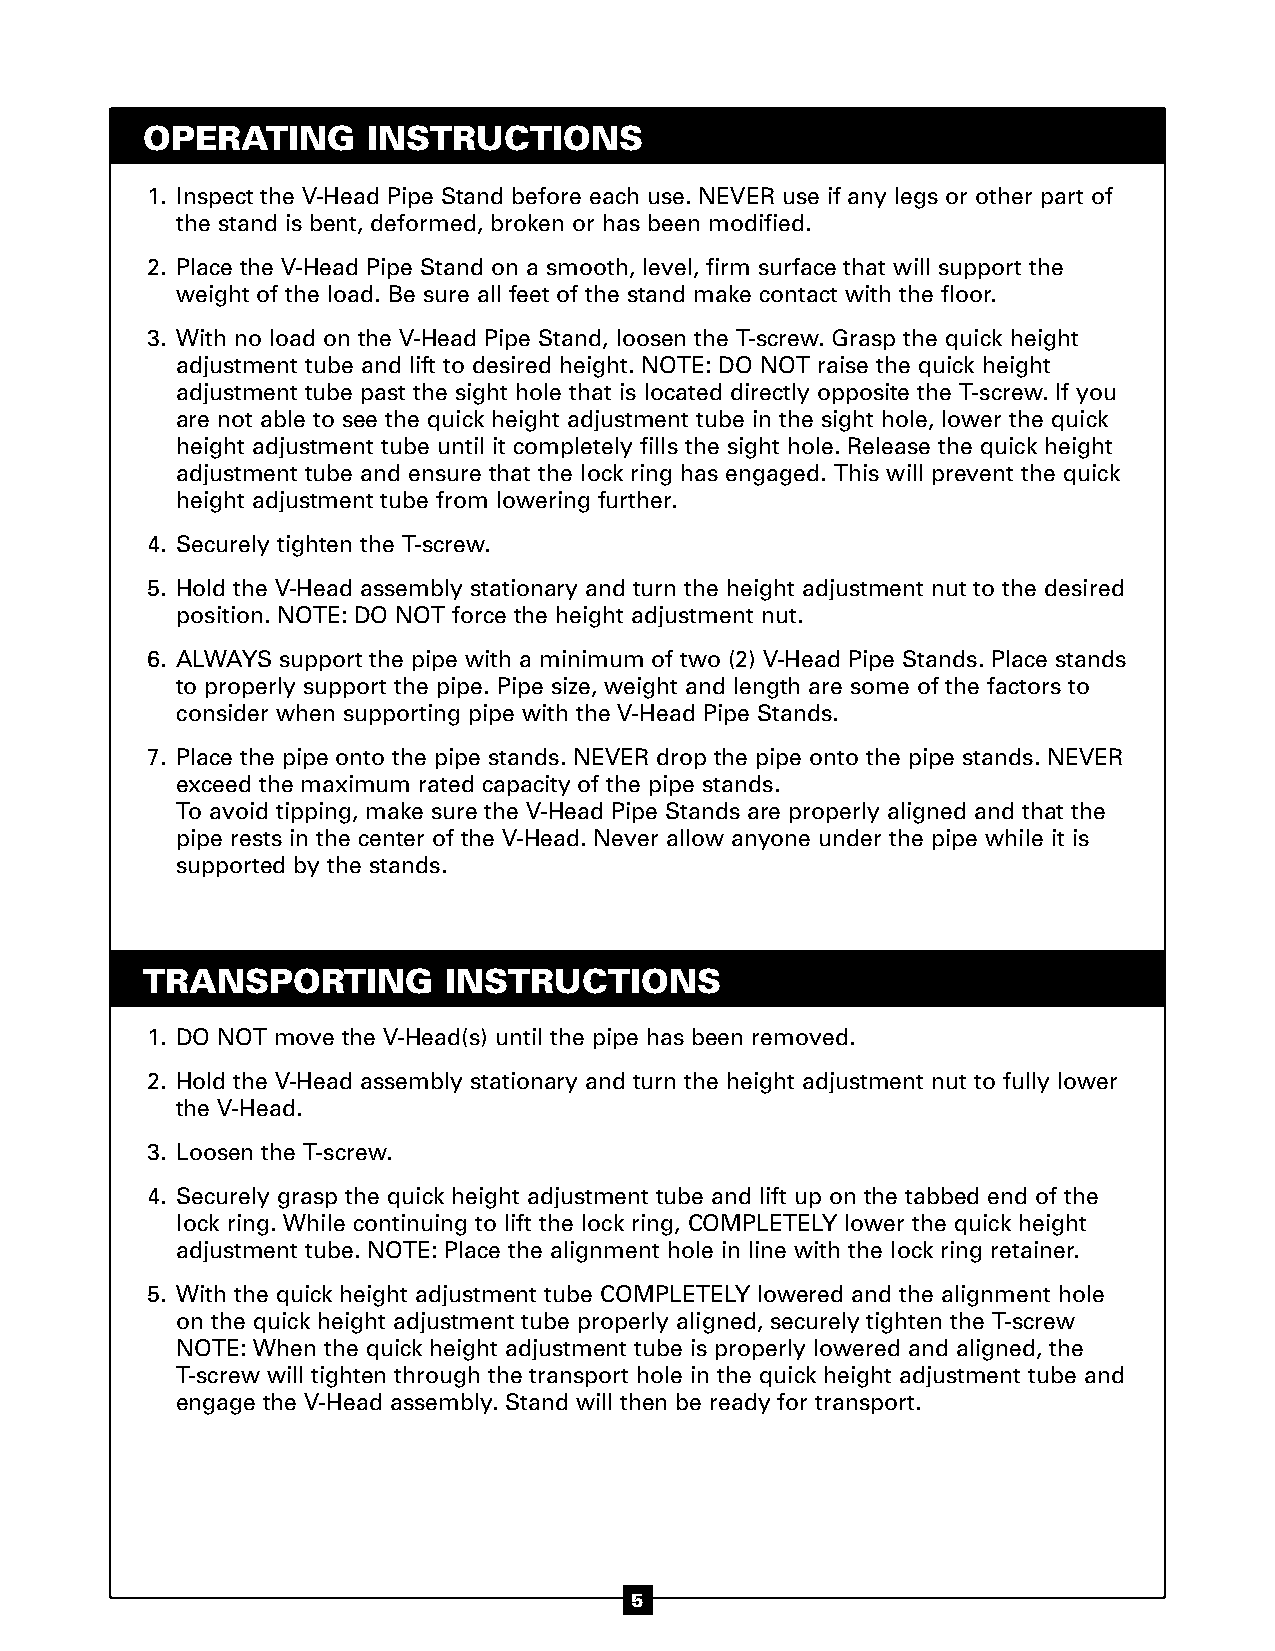
OPERATING      INSTRUCTIONS
 1. Inspect the V-Head Pipe Stand before each use. NEVER use if any legs or other part of
 the stand is bent, deformed, broken or has been modified.
 2. Place the V-Head Pipe Stand on a smooth, level, firm surface that will support the
 weight of the load. Be sure all feet of the stand make contact with the floor.
 3. With no load on the V-Head Pipe Stand, loosen the T-screw. Grasp the quick height
 adjustment tube and lift to desired height. NOTE: DO NOT raise the quick height
 adjustment tube past the sight hole that is located directly opposite the T-screw. If you
 are not able to see the quick height adjustment tube in the sight hole, lower the quick
 height adjustment tube until it completely fills the sight hole. Release the quick height
 adjustment tube and ensure that the lock ring has engaged. This will prevent the quick
 height adjustment tube from lowering further.
 4. Securely tighten the T-screw.
 5. Hold the V-Head assembly stationary and turn the height adjustment nut to the desired
 position. NOTE: DO NOT force the height adjustment nut.
 6. ALWAYS support the pipe with a minimum of two (2) V-Head Pipe Stands. Place stands
 to properly support the pipe. Pipe size, weight and length are some of the factors to
 consider when supporting pipe with the V-Head Pipe Stands.
 7. Place the pipe onto the pipe stands. NEVER drop the pipe onto the pipe stands. NEVER
 exceed the maximum rated capacity of the pipe stands.
 To avoid tipping, make sure the V-Head Pipe Stands are properly aligned and that the
 pipe rests in the center of the V-Head. Never allow anyone under the pipe while it is
 supported by the stands.
 TRANSPORTING        INSTRUCTIONS
 1. DO NOT move the V-Head(s) until the pipe has been removed.
 2. Hold the V-Head assembly stationary and turn the height adjustment nut to fully lower
 the V-Head.
 3. Loosen the T-screw.
 4. Securely grasp the quick height adjustment tube and lift up on the tabbed end of the
 lock ring. While continuing to lift the lock ring, COMPLETELY lower the quick height
 adjustment tube. NOTE: Place the alignment hole in line with the lock ring retainer.
 5. With the quick height adjustment tube COMPLETELY lowered and the alignment hole
 on the quick height adjustment tube properly aligned, securely tighten the T-screw
 NOTE: When the quick height adjustment tube is properly lowered and aligned, the
 T-screw will tighten through the transport hole in the quick height adjustment tube and
 engage the V-Head assembly. Stand will then be ready for transport.
 5